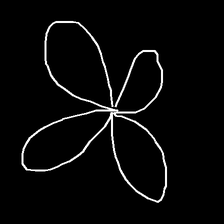
Glyph: billowing